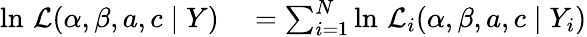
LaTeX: \begin{array}{rl}{\ln\, {\mathcal{L}}(\alpha,\beta,a,c\mid Y)}&{{}=\sum_{i=1}^{N}\ln\, {\mathcal{L}}_{i}(\alpha,\beta,a,c\mid Y_{i})}\end{array}